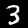
Digit: 3